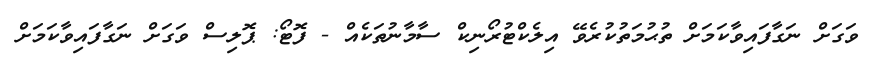
ވަގަށް ނަގާފައިވާކަމަށް ތުޙުމަތުކުރެވޭ އިލެކްޓުރޯނިކް ސާމާނުތަކެއް - ފޮޓޯ: ޕޮލިސް ވަގަށް ނަގާފައިވާކަމަށް